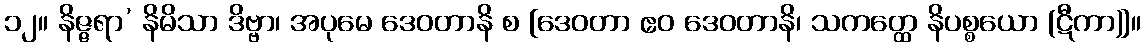
၁၂။ နိဇ္ဇရာ’ နိမိသာ ဒိဗ္ဗာ၊ အပုမေ ဒေဝတာနိ စ [ဒေဝတာ ဧဝ ဒေဝတာနိ၊ သကတ္ထေ နိပစ္စယော (ဋီကာ)]။